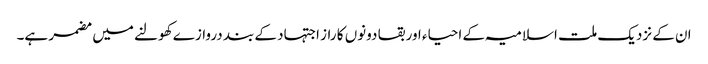
ان کے نزدیک ملت اسلامیہ کے احیاء اور بقا دونوں کا راز اجتہاد کے بند دروازے کھولنے میں مضمر ہے۔